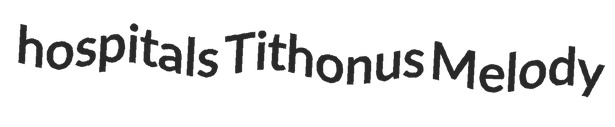
hospitals Tithonus Melody